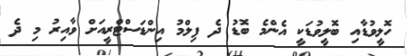
ހޮލީވުޑާއި ބޮލީވުޑަކީ އެންމެ ބޮޑު ދެ ފިލްމު އިންޑަސްޓްރީއަށް ވާއިރު މި ދެ